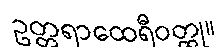
ဥတ္တရာထေရီဝတ္ထု။